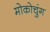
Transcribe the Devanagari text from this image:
मोकोचुंग